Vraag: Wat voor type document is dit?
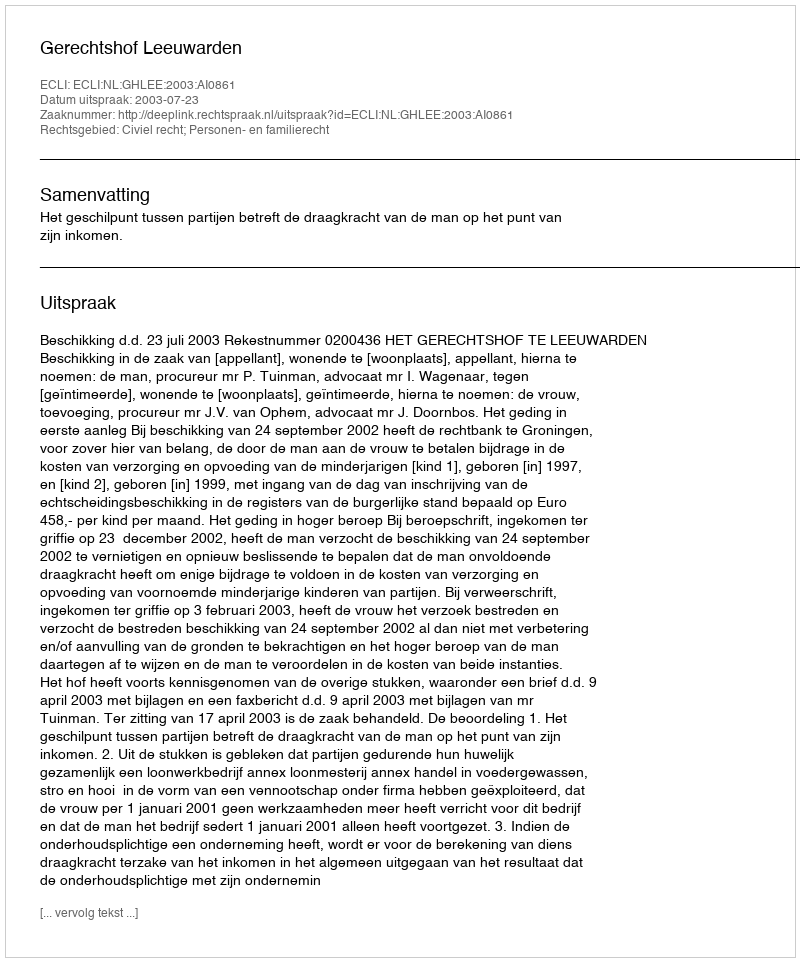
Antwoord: Uitspraak